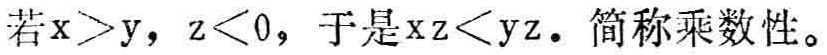
若\(x > y\)，\(z < 0\)，于是\(xz < yz\)。简称乘数性。